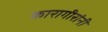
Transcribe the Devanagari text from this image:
कारागीरांनी